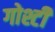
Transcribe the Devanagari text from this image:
गोश्टी